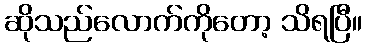
ဆိုသည်လောက်ကိုတော့ သိရပြီ။